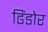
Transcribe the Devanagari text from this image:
ढिंडोर